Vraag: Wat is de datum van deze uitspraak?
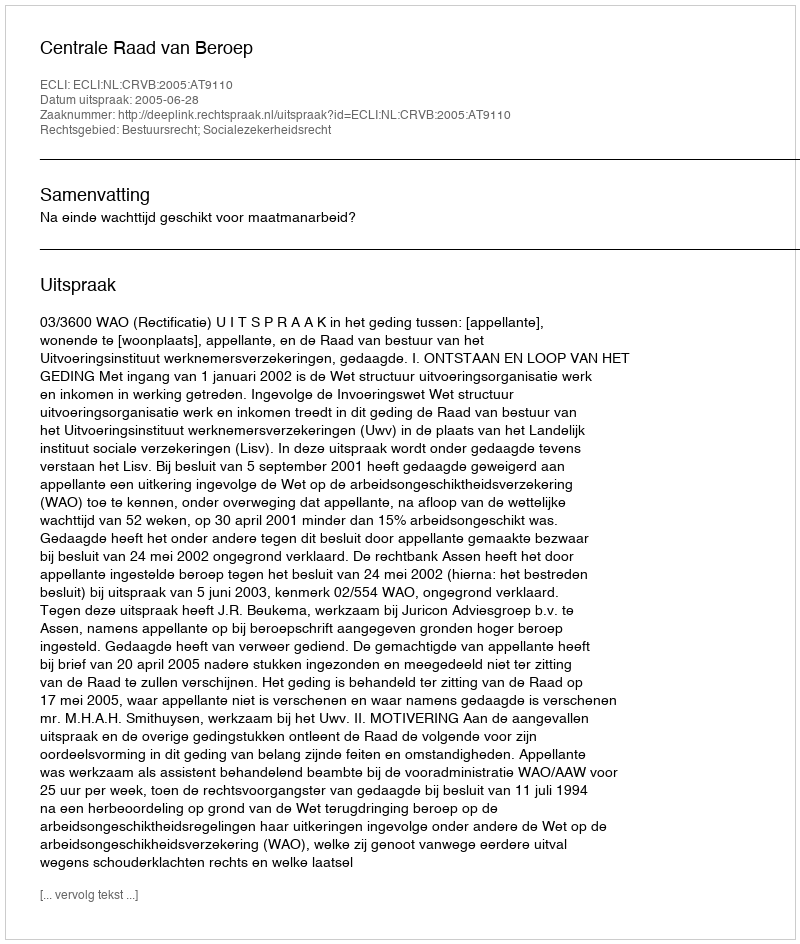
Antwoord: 2005-06-28